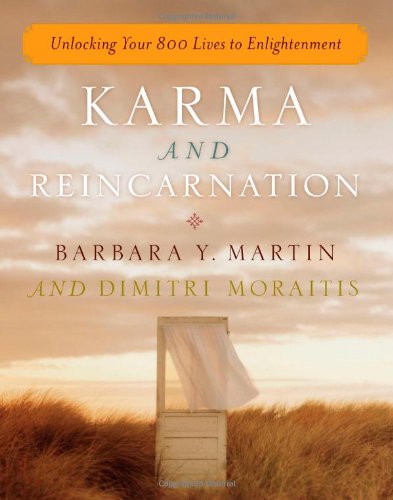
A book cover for Karma and Reincarnation: Unlocking Your 800 Lives to Enlightenment; Barbara Y. Martin; Religion & Spirituality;